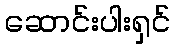
ဆောင်းပါးရှင်